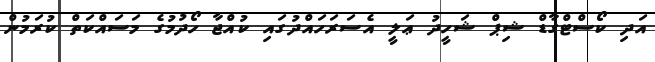
އަދި ކޯސްޓްގާޑް ޝިޕް ޝަހީދު ޢަލީ އެސަރަހައްދުގައި ކުއްޖާ ހޯދުމުގެ މަސައްކަތް ކުރަމުން